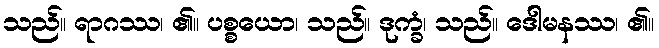
သည်။ ရာဂဿ၊ ၏။ ပစ္စယော၊ သည်။ ဒုက္ခံ၊ သည်။ ဒေါမနဿ၊ ၏။